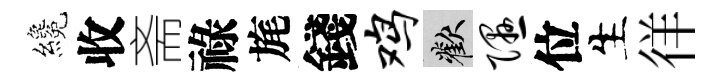
纔收斋祿旄錢鸡歡隰位生徉